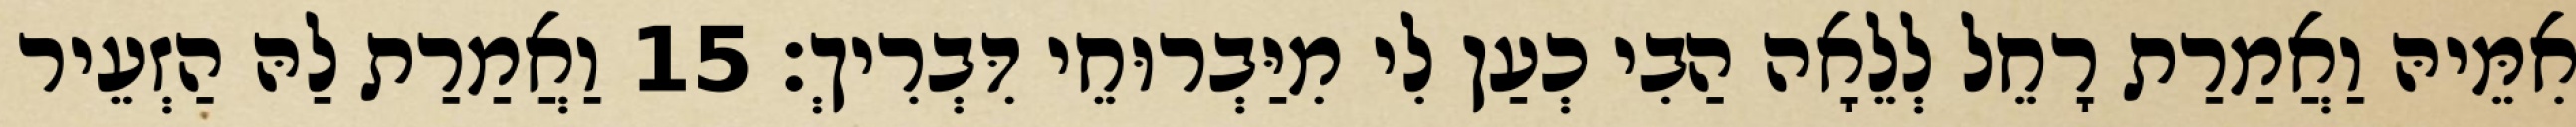
אִמֵּיהּ וַאֲמַרַת רָחֵל לְלֵאָה הַבִי כְעַן לִי מִיַּבְרוּחֵי דִּבְרִיךְ׃ 15 וַאֲמַרַת לַהּ הַזְעֵיר